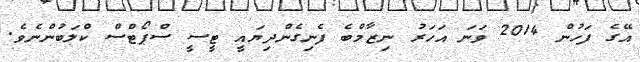
އޭގެ ފަހުން 2014 ވަނަ އަހަރު ނިޒާމްބެ ފެނިގެންދިޔައީ ޓީސީ ސްޕޯޓްސް ކްލަބުންނެވެ.